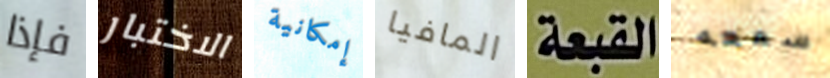
فإذا الاختبار إمكانية المافيا القبعة سمعه